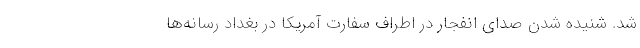
شد. شنیده شدن صدای انفجار در اطراف سفارت آمریکا در بغداد رسانه‌ها